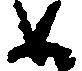
如